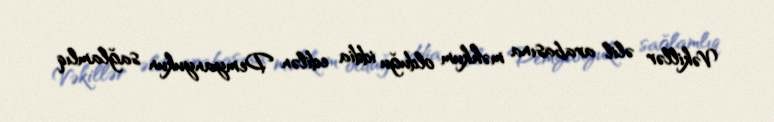
Vəkillər əlil arabasına məhkum olduğu iddia edilən Demyanyukun sağlamlıq